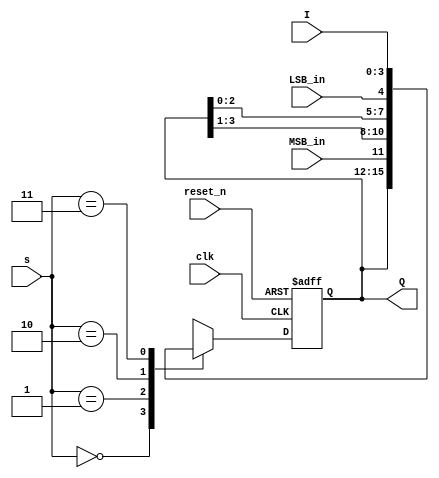
`timescale 1ns / 1ps
//////////////////////////////////////////////////////////////////////////////////
// Company: 
// Engineer: 
// 
// Design Name: 
// Module Name: univ_shift_reg
// Project Name: 
// Target Devices: 
// Tool Versions: 
// Description: 
// 
// Dependencies: 
// 
// Revision:
// Revision 0.01 - File Created
// Additional Comments:
// 
//////////////////////////////////////////////////////////////////////////////////


module univ_shift_reg
    #(parameter N = 4)(
        input clk, reset_n,
        input  MSB_in, LSB_in,
        input [N - 1:0] I,
        input [1:0] s,
        output [N - 1:0] Q
    );
    
    reg [N - 1:0] Q_reg, Q_next;
    
    always @(posedge clk, negedge reset_n)
    begin
        if (!reset_n)
            Q_reg <= 0;
        else        
            Q_reg <= Q_next;
    end
    
    // Next state logic
    always @(Q_reg, MSB_in, LSB_in, I, s)
    begin
        Q_next = Q_reg;
        case (s)
            2'b00: Q_next = Q_reg; // No change
            2'b01: Q_next = {MSB_in, Q_reg[N - 1:1]}; // Shift right
            2'b10: Q_next = {Q_reg[N - 2:0], LSB_in}; // Shift left
            2'b11: Q_next = I; // Parallel load
            default: Q_next = Q_reg; 
        endcase        
    end
    
    // output logic
    assign Q = Q_reg;
    
endmodule